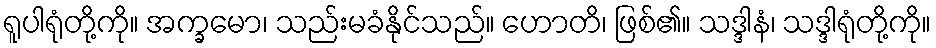
ရူပါရုံတို့ကို။ အက္ခမော၊ သည်းမခံနိုင်သည်။ ဟောတိ၊ ဖြစ်၏။ သဒ္ဒါနံ၊ သဒ္ဒါရုံတို့ကို။